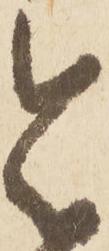
令